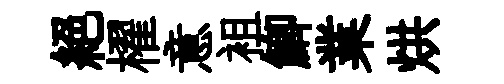
絕櫂意袓鯽業烘